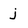
Character: j